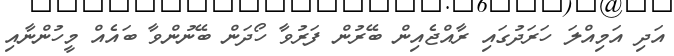
އަދި އަމިއްލަ ހަރަދުގައި ރާއްޖެއިން ބޭރުން ފަރުވާ ހޯދަން ބޭނުންވާ ބައެއް މީހުންނާއި